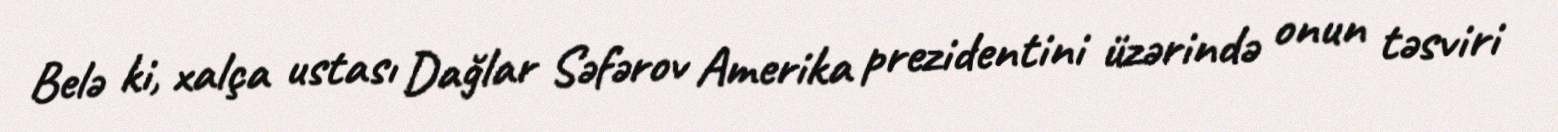
Belə ki, xalça ustası Dağlar Səfərov Amerika prezidentini üzərində onun təsviri